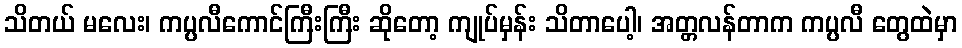
သိတယ် မလေး၊ ကပ္ပလီကောင်ကြီးကြီး ဆိုတော့ ကျုပ်မှန်း သိတာပေါ့၊ အတ္တလန်တာက ကပ္ပလီ တွေထဲမှာ